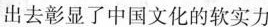
出去彰显了中国文化的软实力